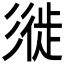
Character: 𢒩